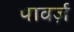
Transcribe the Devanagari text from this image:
पावर्ज़